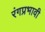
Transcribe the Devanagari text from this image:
रंगप्रभावी